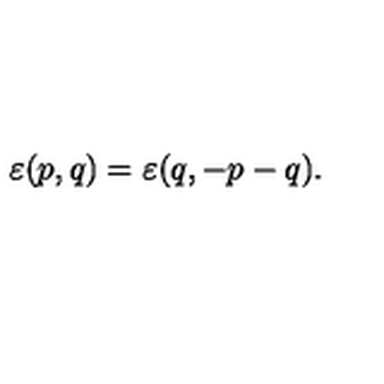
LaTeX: \varepsilon ( p , q ) = \varepsilon ( q , - p - q ) .